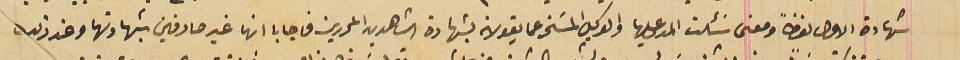
شهادة الاول لفظاً ومعنى سَئلت المدعى عليها والوكيل المسَخر عما يقولانه بشهادة الشاهدين المحررين فاجابا انها غير صادقين شهادتها وعند ذلك